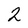
Character: 2